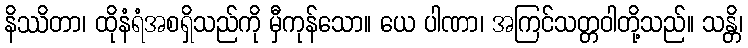
နိဿိတာ၊ ထိုနံရံအစရှိသည်ကို မှီကုန်သော။ ယေ ပါဏာ၊ အကြင်သတ္တဝါတို့သည်။ သန္တိ၊